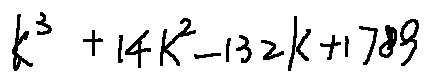
k ^ { 3 } + 1 4 k ^ { 2 } - 1 3 2 k + 1 7 8 9